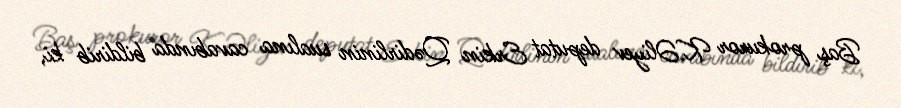
Baş prokuror K.Əliyev deputat Erkin Qədirlinin sualına cavabında bildirib ki,